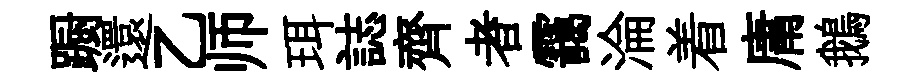
蹰還乙师珥誌齊者靄淪着庸鵝